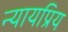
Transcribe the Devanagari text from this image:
न्‍यायप्रिय